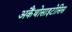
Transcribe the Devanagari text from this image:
अकैंथोसाइटोसिस